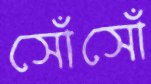
সোঁসোঁ